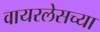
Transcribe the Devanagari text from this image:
वायरलेसच्या